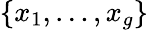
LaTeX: \{ x_{1},\dots,x_{g}\}